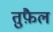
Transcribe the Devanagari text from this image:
तुफ़ैल